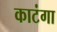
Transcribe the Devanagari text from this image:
काटंगा